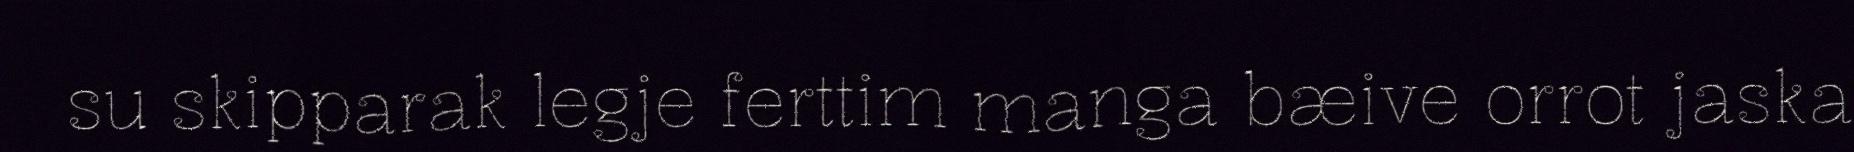
su skipparak legje ferttim manga bæive orrot jaska